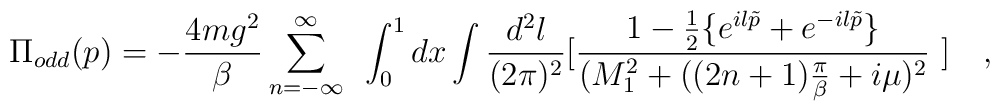
\Pi_{odd}(p) = -\frac {4mg^2}{\beta}\sum _{n=- \infty}^{\infty}~\int_{0}^{1} dx \int \frac {d^2l}{(2\pi)^2} [\frac {1 - \frac{1}{2}\{e^{il\tilde p} + e^{-il\tilde p} \} }{(M_1^2 + ((2n+1)\frac {\pi}{\beta} +i\mu )^2}~] ~~~,